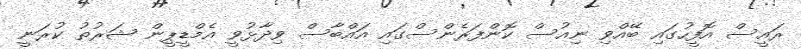
ރައީސް އޮފީހުގައި ބޭއްވި ނިއުސް ކޮންފަރެންސްގައި އައްބާސް ވިދާޅުވީ އެމްޑީޕީން ޝަރުތު ކުރަނީ